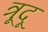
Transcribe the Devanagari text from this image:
त्रूदू